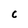
Character: c